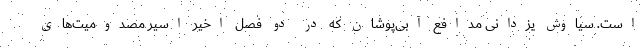
است. سیاوش یزدانی مدافع آبی‌پوشان که در دو فصل اخیر اسیر مصدومیت‌های